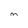
Character: M